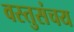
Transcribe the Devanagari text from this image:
वस्तुसंचय